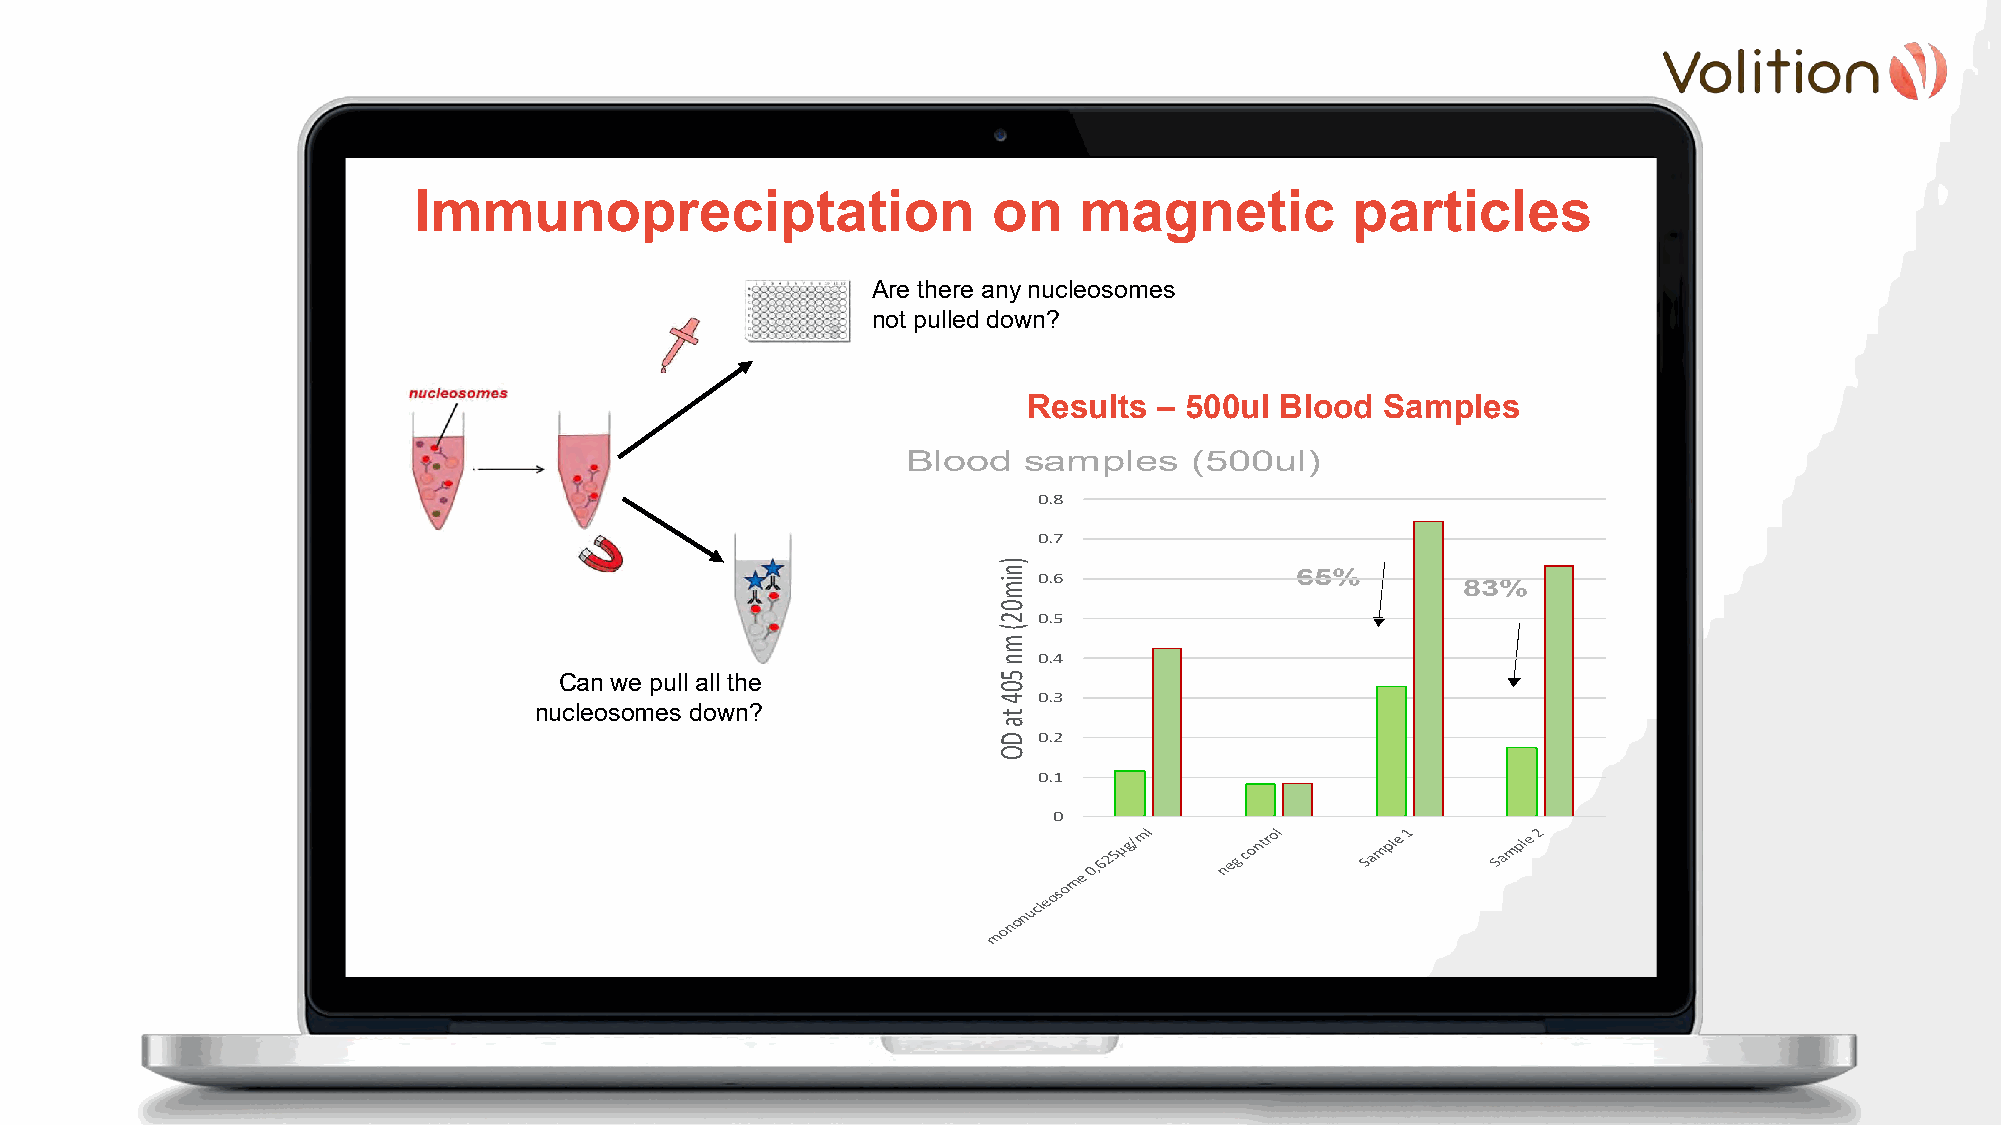
Immunopreciptation                     on   magnetic          particles
 Are there any nucleosomes
 not pulled down?
 Results  – 500ul Blood  Samples
 Blood   samples    (500ul)
 0.8
 0.7
 0.6              65%
 83%
 0.5
 0.4
 Can we pull all the
 0.3
 nucleosomes down?
 0.2
 0.1
 0
 )nim02(
 mn
 504
 ta
 DO